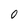
Character: 0